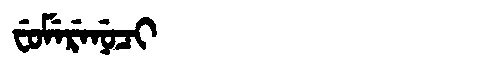
Manchu: ᠸᡠᠮᡝᡵᡝᠨᡠᠴᡳ
Romanization: FUMERENUCI